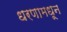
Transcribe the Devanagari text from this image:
धरणामधून